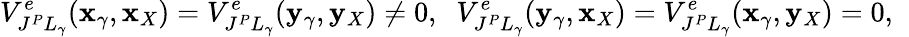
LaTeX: V_{J^{P}L_{\gamma}}^{e}({\mathbf x}_{\gamma},{\mathbf x}_{X})=V_{J^{P}L_{\gamma}}^{e}({\mathbf y}_{\gamma},{\mathbf y}_{X})\ne 0,\; \; V_{J^{P}L_{\gamma}}^{e}({\mathbf y}_{\gamma},{\mathbf x}_{X})=V_{J^{P}L_{\gamma}}^{e}({\mathbf x}_{\gamma},{\mathbf y}_{X})=0,\; \;